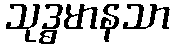
သုဒ္ဓမာနသာ